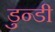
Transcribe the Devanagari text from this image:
डुन्डी